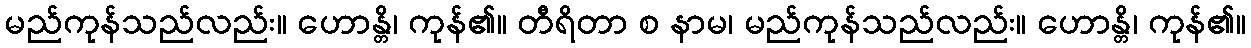
မည်ကုန်သည်လည်း။ ဟောန္တိ၊ ကုန်၏။ တီရိတာ စ နာမ၊ မည်ကုန်သည်လည်း။ ဟောန္တိ၊ ကုန်၏။